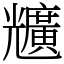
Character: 兤